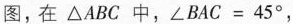
图，在\triangle ABC中，$$\angle BAC＝45^{\circ}$$，